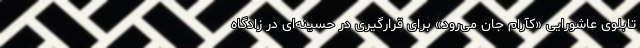
تابلوی عاشورایی «کآرام جان می‌رود» برای قرارگیری در حسینه‌ای در زادگاه